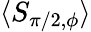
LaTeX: \langle S_{\pi/2,\phi}\rangle